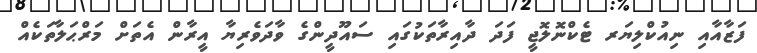
ފަޒާއާއި ނިއުކްލިޔަރ ޓެކްނޮލޮޖީ ފަދަ ދާއިރާތަކުގައި ސައޫދީންގެ ވާދަވެރިޔާ އީރާން އެތަށް މަރްޙަލާތަކެއް